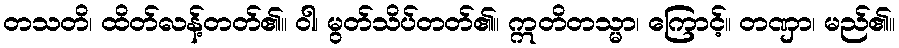
တသတိ၊ ထိတ်လန့်တတ်၏။ ဝါ၊ မွတ်သိပ်တတ်၏။ ဣတိတသ္မာ၊ ကြောင့်။ တဏှာ၊ မည်၏။